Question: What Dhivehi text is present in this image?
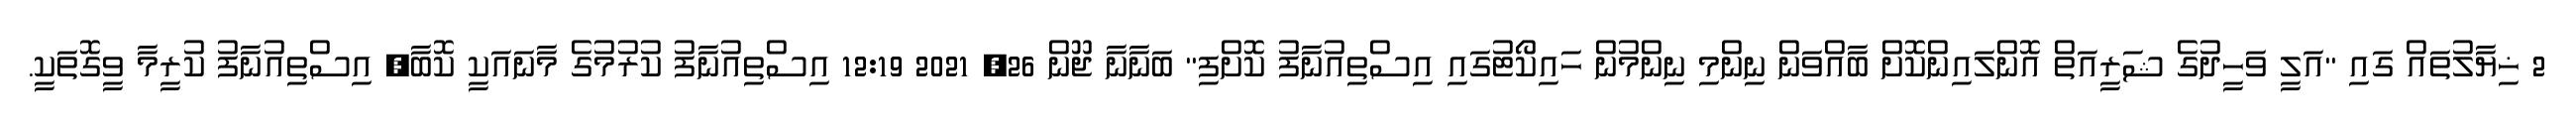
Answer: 2 ޚިޔާލުތައް ގައި "އަލީ ވަހީދުގެ ޝަރީއަތް އޮންލައިންކޮށް ބާއްވަން ނިންމި ނިންމުން ހައިކޯޓުގައި އިސްތިއުނާފު ކޮށްފި" ބަނާނާ ޖޫން 26, 2021 12:19 އިސްތިއުނާފު ކުރުމުގެ މާނައަކީ ކޮބާ? އިސްތިއުނާފު ކުރީމާ ވީގޮތަކީ.